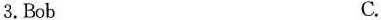
3.Bob C.